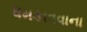
ધમકાવવાના